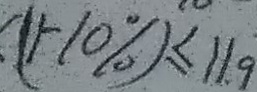
( 1 - 1 0 \% ) \leq 1 1 . 9